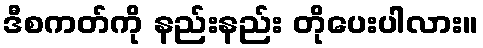
ဒီစကတ်ကို နည်းနည်း တိုပေးပါလား။